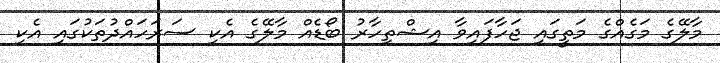
މާލޭގެ މަގެއްގެ މަތީގައި ޖަހާފައިވާ އިޝްތިހާރު ބޯޑެއް މާލޭގެ އެކި ސަރަހައްދުތަކުގައި އެކި